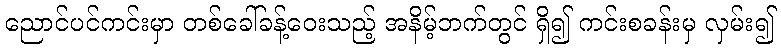
ညောင်ပင်ကင်းမှာ တစ်ခေါ်ခန့်ဝေးသည့် အနိမ့်ဘက်တွင် ရှိ၍ ကင်းစခန်းမှ လှမ်း၍